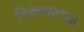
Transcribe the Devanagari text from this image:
विश्रामस्थळ